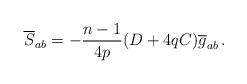
LaTeX: \begin{align*}\overline{S}_{ab}=-\frac{n-1}{4p}(D+4qC)\overline{g}_{ab}\,.\end{align*}